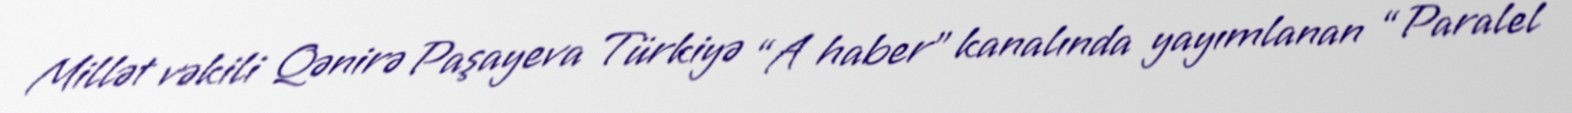
Millət vəkili Qənirə Paşayeva Türkiyə “A haber” kanalında yayımlanan “Paralel